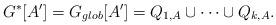
LaTeX: \begin{align*}G^*[A']=G_{glob}[A']=Q_{1,A}\cup \dots \cup Q_{k,A}.\end{align*}